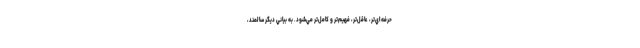
حرفه‌اي‌تر، عاقل‌تر، فهيم‌تر و كامل‌تر مي‌شود. به بياني ديگر سالمند،